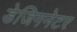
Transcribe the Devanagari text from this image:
डेजिगनेटर